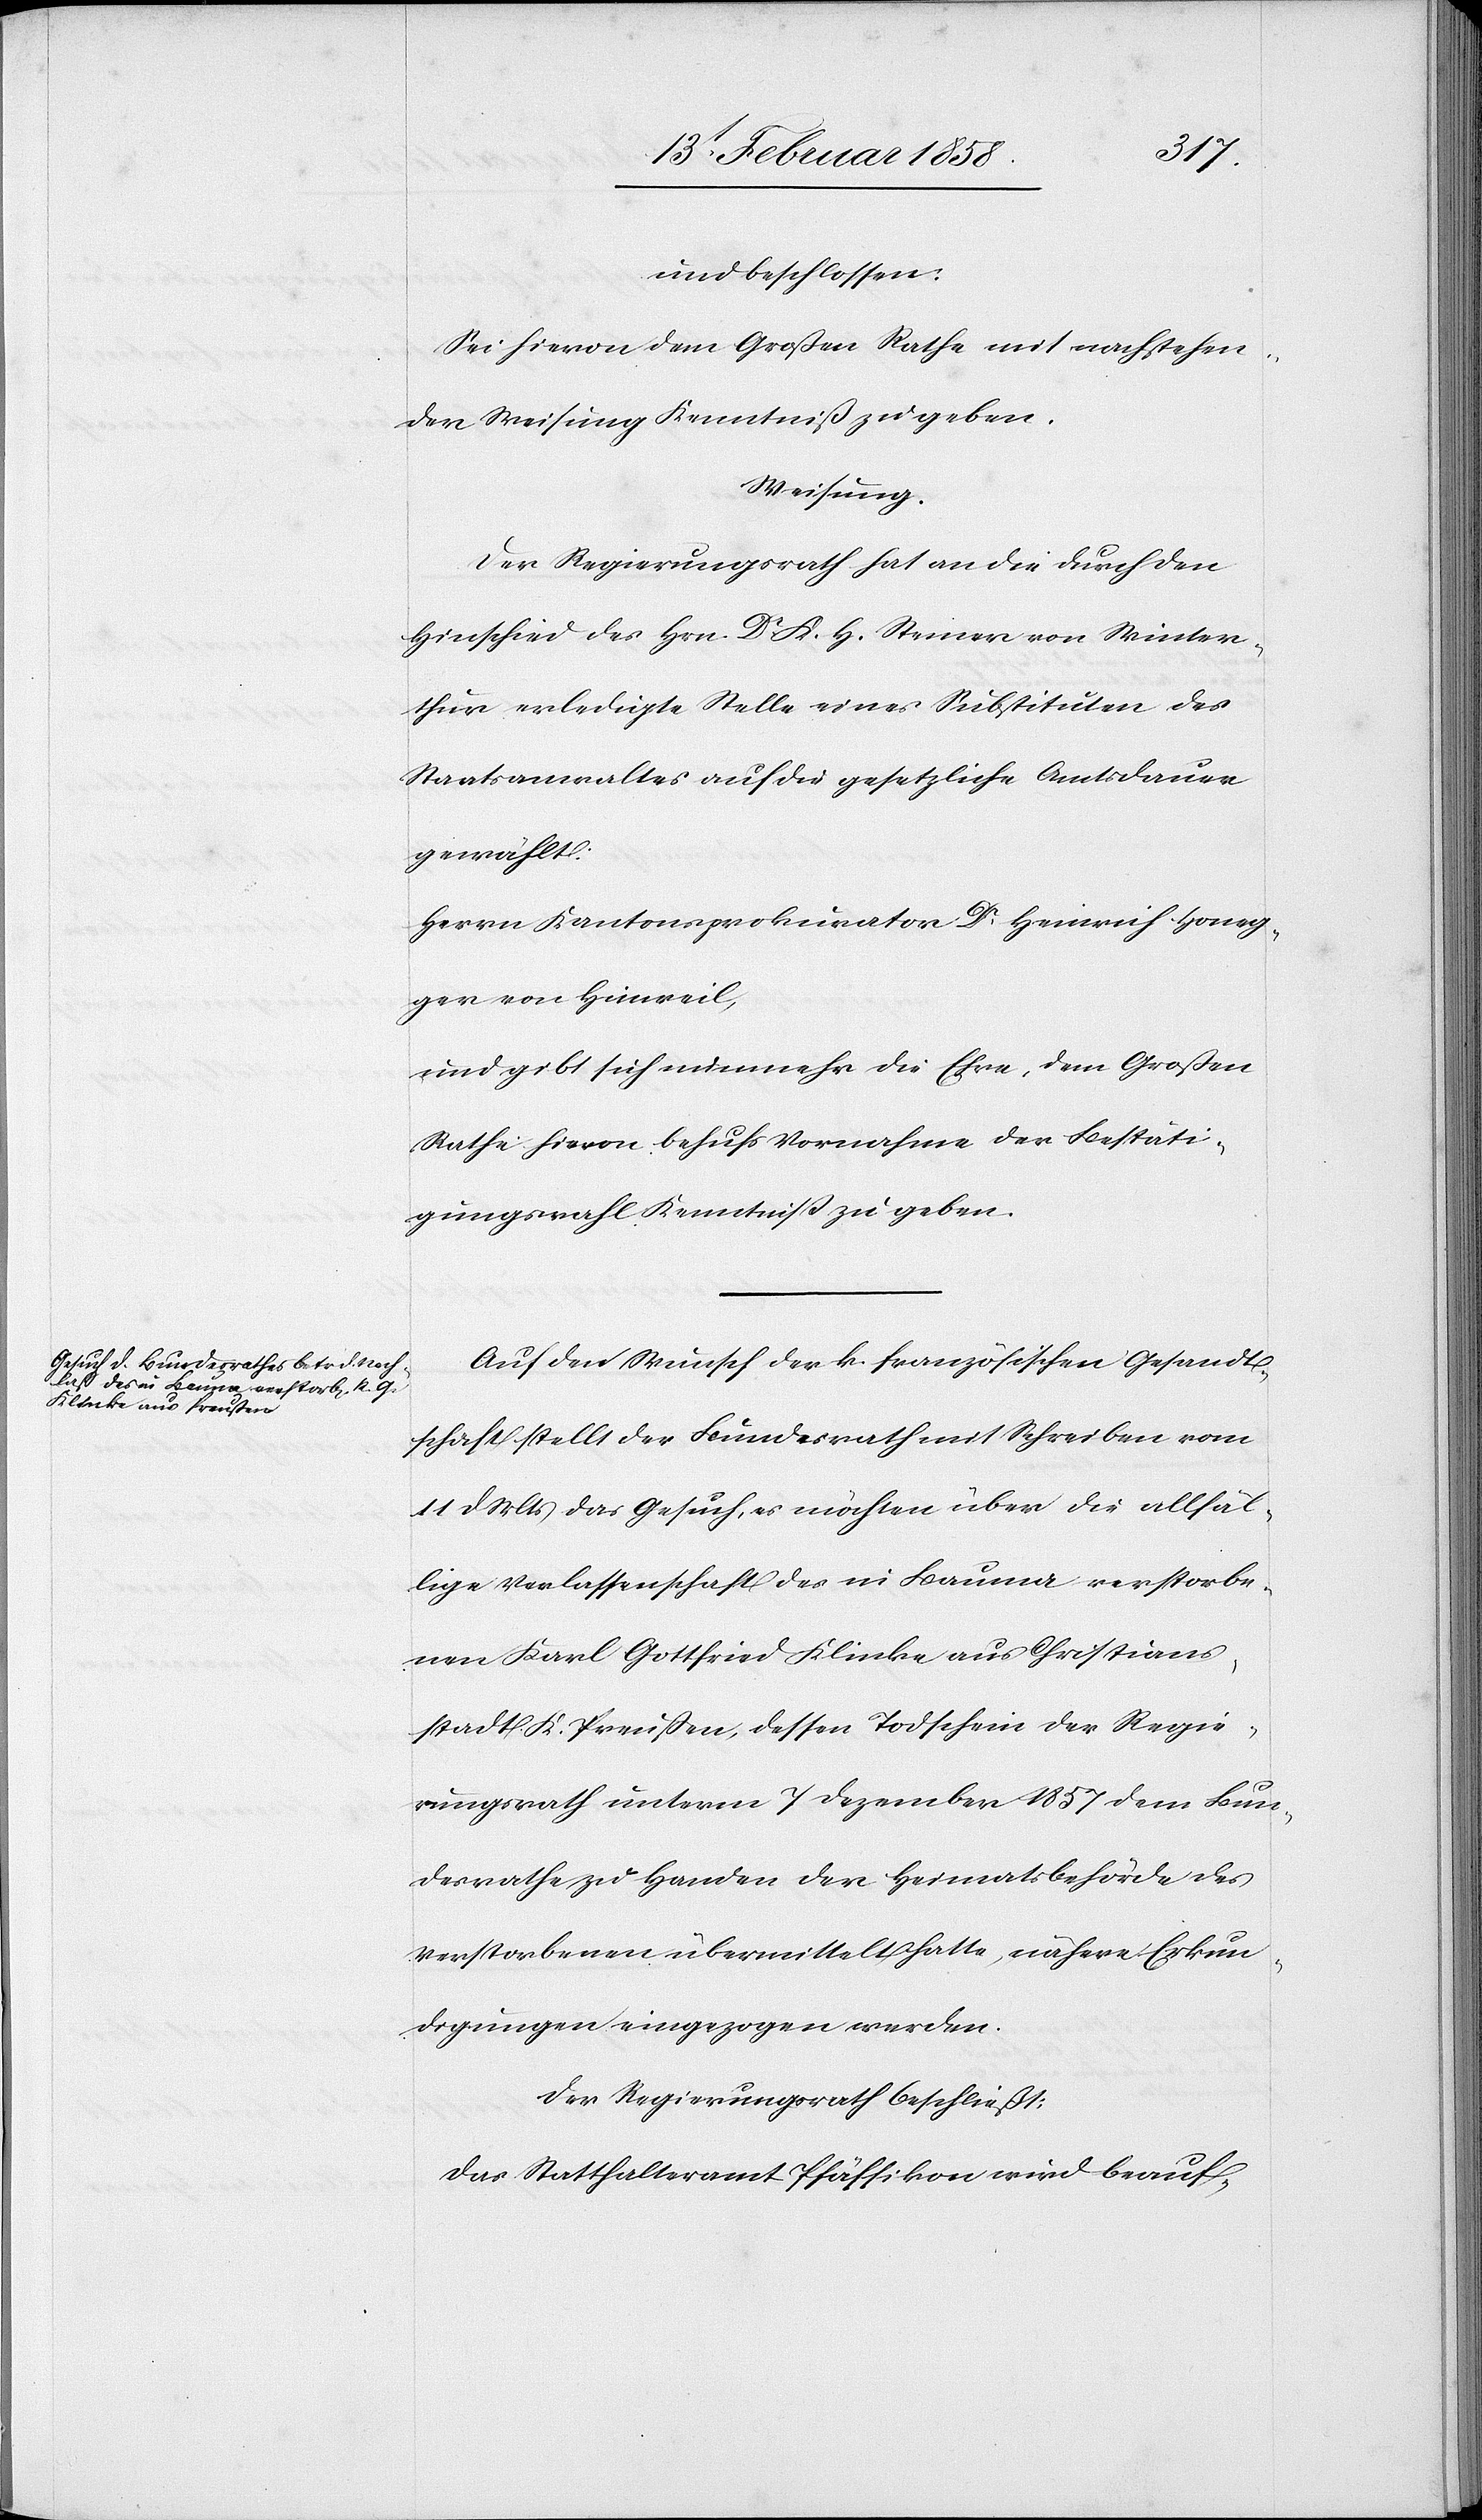
und beschlossen:
Sei hievon dem Großen Rathe mit nachstehen¬
der Weisung Kenntniß zu geben.
Weisung.
Der Regierungsrath hat an die durch den
Hinschied des Hrn. Dr K. H. Steiner von Winter¬
thur erledigte Stelle eines Substituten des
Staatsanwaltes auf die gesetzliche Amtsdauer
gewählt:
Herrn Kantonsprokurator Dr Heinrich Honeg¬
ger von Hinweil,
und gibt sich nunmehr die Ehre, dem Großen
Rathe hievon behufs Vornahme der Bestäti¬
gungswahl Kenntniß zu geben.
Auf den Wunsch der k. französischen Gesandt¬
schaft stellt der Bundesrath mit Schreiben vom
11 d. Mts das Gesuch, es möchten über die allfäl¬
lige Verlassenschaft des in Bauma verstorbe¬
nen Karl Gottfried Klinke aus Christians¬
stadt K. Preußen, dessen Todschein der Regie¬
rungsrath unterm 7 Dezember 1857 dem Bun¬
desrathe zu Handen der Heimatsbehörde des
Verstorbenen übermittelt hatte, nähere Erkun¬
digungen eingezogen werden.
Der Regierungsrath beschließt:
Das Statthalteramt Pfäffikon wird beauf-